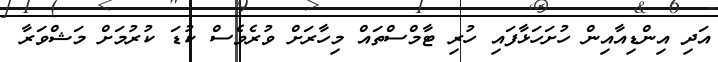
އަދި އިންޑިއާއިން ހުށަހަޅާފައި ހުރި ޓާމްސްތައް މިހާރަށް ވުރެވެސް ކުޑަ ކުރުމަށް މަޝްވަރާ